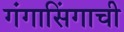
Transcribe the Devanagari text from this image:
गंगासिंगाची